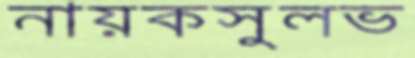
নায়কসুলভ